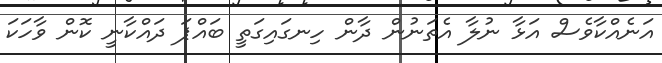
އަނެއްކާވެސް އަޅާ ނުލާ އެތަނުން ދާން ހިނގައިގަތީ ބައްޕަ ދައްކާނީ ކޮން ވާހަކަ